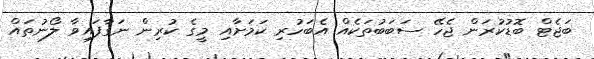
ބަޖެޓް ބޮޑުކުރަން ޖެހޭ ސަބަބުތަކެއް އެބަހުރި ކަމަށާއި މީގެ ކުރިން ނަގާފައިވާ ލޯނުތައް